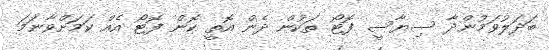
ބަދަލުވަމުންދާ ސިޔާސީ ފޮޓޯ ތަކުން ދެން އޮތީ ކޮން ފޮޓޯ އެއް ކަމަށްވާނަމަ